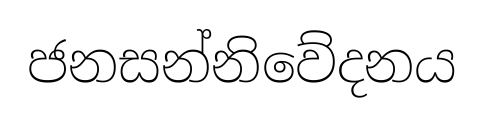
ජනසන්නිවේදනය